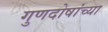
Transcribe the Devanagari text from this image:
गुणदोषांच्या